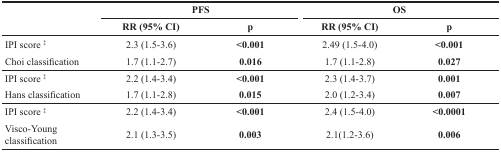
| <ROWSPAN=2>  | <COLSPAN=2> PFS | <COLSPAN=2> OS |
 | RR (95% CI) | p | RR (95% CI) | p |
 | --- | --- | --- | --- | --- |
 | IPI score ‡ | 2.3 (1.5-3.6) | <0.001 | 2.49 (1.5-4.0) | <0.001 |
 | Choi classification | 1.7 (1.1-2.7) | 0.016 | 1.7 (1.1-2.8) | 0.027 |
 | IPI score ‡ | 2.2 (1.4-3.4) | <0.001 | 2.3 (1.4-3.7) | 0.001 |
 | Hans classification | 1.7 (1.1-2.8) | 0.015 | 2.0 (1.2-3.4) | 0.007 |
 | IPI score ‡ | 2.2 (1.4-3.4) | <0.001 | 2.4 (1.5-4.0) | <0.0001 |
 | Visco-Young classification | 2.1 (1.3-3.5) | 0.003 | 2.1(1.2-3.6) | 0.006 |